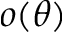
o ( \theta )